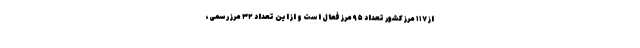
از ۱۱۷ مرز کشور تعداد ۹۵ مرز فعال است و از این تعداد ۳۲ مرز رسمی،